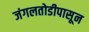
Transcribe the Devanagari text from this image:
जंगलतोडीपासून